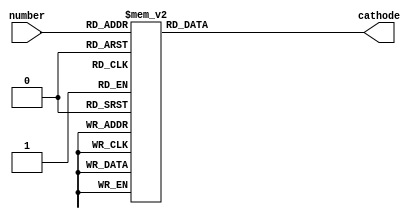
`timescale 1ns / 1ps
//////////////////////////////////////////////////////////////////////////////////
// Company: 
// Engineer: 
// 
// Design Name: 
// Module Name: decoder
// Project Name: 
// Target Devices: 
// Tool Versions: 
// Description: 
// 
// Dependencies: 
// 
// Revision:
// Revision 0.01 - File Created
// Additional Comments:
// 
//////////////////////////////////////////////////////////////////////////////////


module decoder(
        input [3:0] number,
        output reg [6:0] cathode
    );
    
    initial begin
        cathode = 7'b0000000;
    end
    
    always @(number)
    begin
        case(number)
            0:cathode<=7'b0000001;
            1:cathode<=7'b1001111;
            2:cathode<=7'b0010010;
            3:cathode<=7'b0000110;
            4:cathode<=7'b1001100;
            5:cathode<=7'b0100100;
            6:cathode<=7'b0100000;
            7:cathode<=7'b0001111;
            8:cathode<=7'b0000000;
            9: cathode<=7'b0000100;
            10:cathode<=7'b0001000;
            11:cathode<=7'b1100000;
            12:cathode<=7'b0110001;
            13:cathode<=7'b1000010;
            14:cathode<=7'b0110000;
            15:cathode<=7'b0111000;
            default: cathode<=7'b1111111;
        endcase
    end
    
endmodule